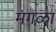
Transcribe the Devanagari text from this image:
मंगळा